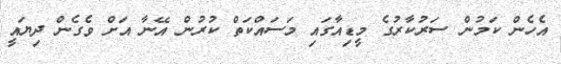
އެހެން ކަމުން ސަރުކާރުގެ މީޑިއާގައި މަސައްކަތް ކުރުން އޭނާ އަށް ވެގެން ދިޔައީ